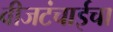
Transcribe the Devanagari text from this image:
वीजटंचाईचा